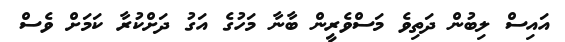
އައިސް ލިބުން ދަތިވެ މަސްވެރީން ބާނާ މަހުގެ އަގު ދަށްކުރާ ކަމަށް ވެސް